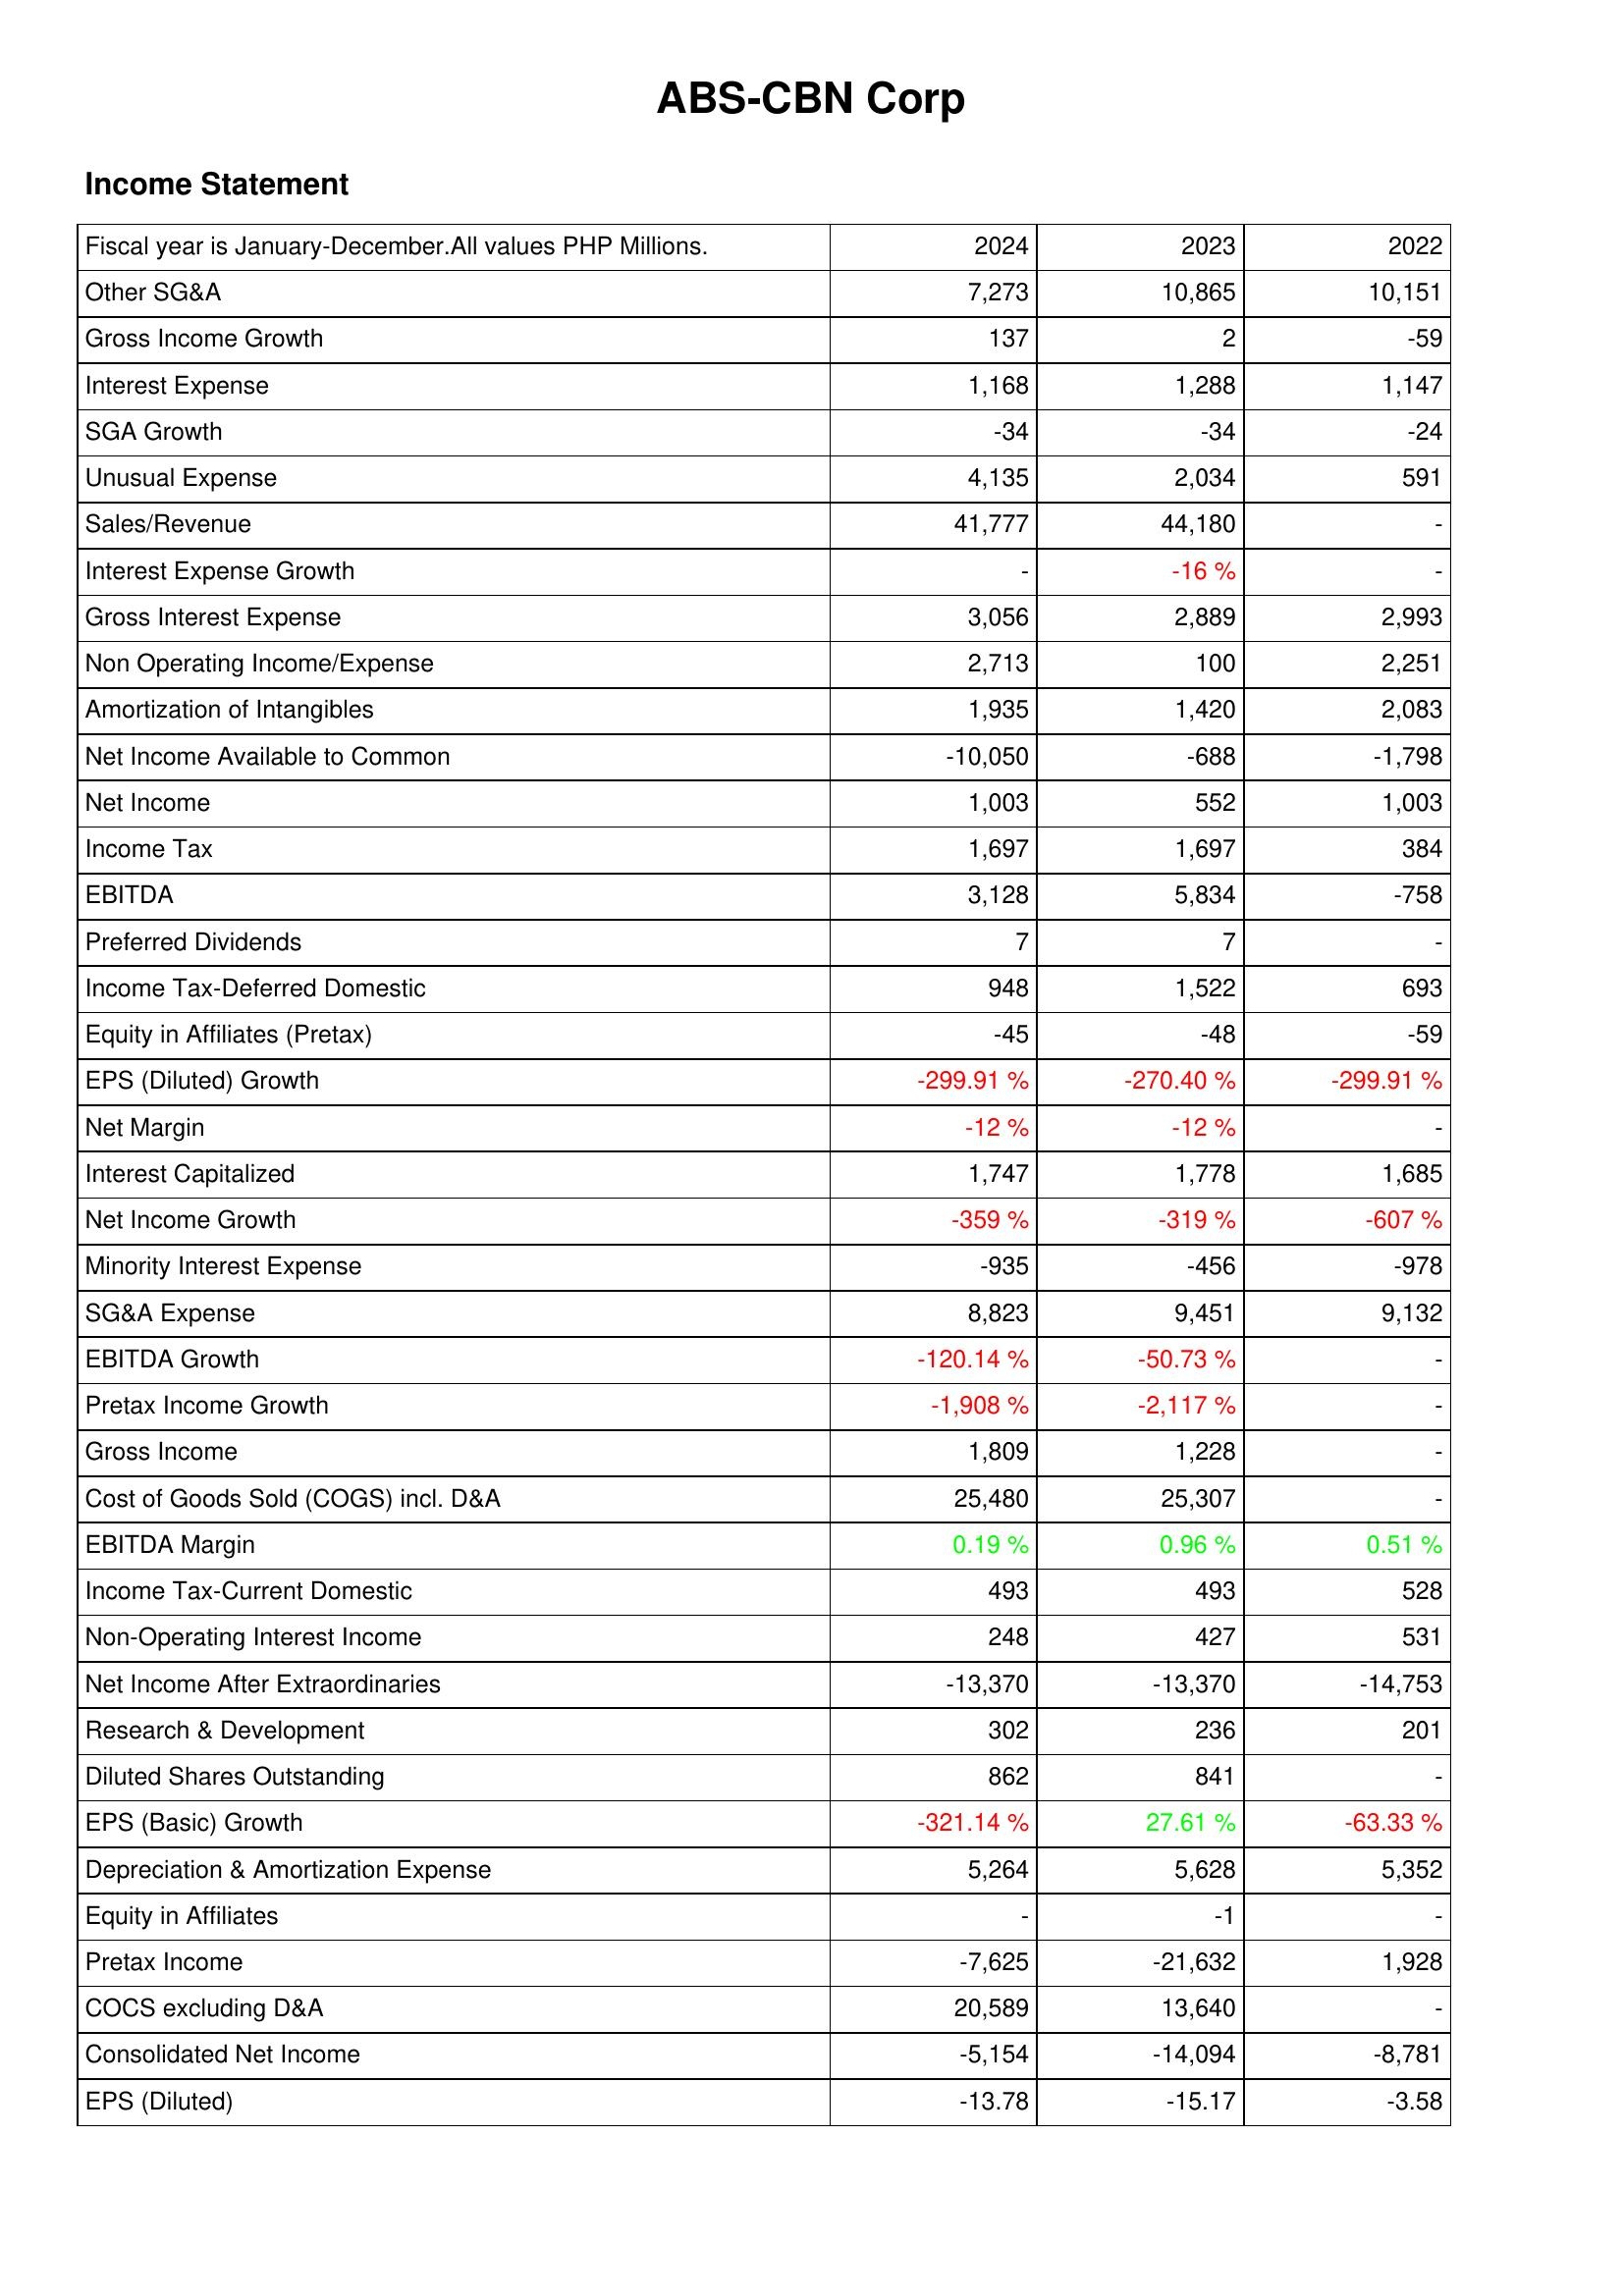
2024: Income Statement: Other SG&A: 7,273
Gross Income Growth: 137
Interest Expense: 1,168
SGA Growth: -34
Unusual Expense: 4,135
Sales/Revenue: 41,777
Interest Expense Growth: -
Gross Interest Expense: 3,056
Non Operating Income/Expense: 2,713
Amortization of Intangibles: 1,935
Net Income Available to Common: -10,050
Net Income: 1,003
Income Tax: 1,697
EBITDA: 3,128
Preferred Dividends: 7
Income Tax-Deferred Domestic: 948
Equity in Affiliates (Pretax): -45
EPS (Diluted) Growth: -299.91 %
Net Margin: -12 %
Interest Capitalized: 1,747
Net Income Growth: -359 %
Minority Interest Expense: -935
SG&A Expense: 8,823
EBITDA Growth: -120.14 %
Pretax Income Growth: -1,908 %
Gross Income: 1,809
Cost of Goods Sold (COGS) incl. D&A: 25,480
EBITDA Margin: 0.19 %
Income Tax-Current Domestic: 493
Non-Operating Interest Income: 248
Net Income After Extraordinaries: -13,370
Research & Development: 302
Diluted Shares Outstanding: 862
EPS (Basic) Growth: -321.14 %
Depreciation & Amortization Expense: 5,264
Equity in Affiliates: -
Pretax Income: -7,625
COCS excluding D&A: 20,589
Consolidated Net Income: -5,154
EPS (Diluted): -13.78
2023: Income Statement: Other SG&A: 10,865
Gross Income Growth: 2
Interest Expense: 1,288
SGA Growth: -34
Unusual Expense: 2,034
Sales/Revenue: 44,180
Interest Expense Growth: -16 %
Gross Interest Expense: 2,889
Non Operating Income/Expense: 100
Amortization of Intangibles: 1,420
Net Income Available to Common: -688
Net Income: 552
Income Tax: 1,697
EBITDA: 5,834
Preferred Dividends: 7
Income Tax-Deferred Domestic: 1,522
Equity in Affiliates (Pretax): -48
EPS (Diluted) Growth: -270.40 %
Net Margin: -12 %
Interest Capitalized: 1,778
Net Income Growth: -319 %
Minority Interest Expense: -456
SG&A Expense: 9,451
EBITDA Growth: -50.73 %
Pretax Income Growth: -2,117 %
Gross Income: 1,228
Cost of Goods Sold (COGS) incl. D&A: 25,307
EBITDA Margin: 0.96 %
Income Tax-Current Domestic: 493
Non-Operating Interest Income: 427
Net Income After Extraordinaries: -13,370
Research & Development: 236
Diluted Shares Outstanding: 841
EPS (Basic) Growth: 27.61 %
Depreciation & Amortization Expense: 5,628
Equity in Affiliates: -1
Pretax Income: -21,632
COCS excluding D&A: 13,640
Consolidated Net Income: -14,094
EPS (Diluted): -15.17
2022: Income Statement: Other SG&A: 10,151
Gross Income Growth: -59
Interest Expense: 1,147
SGA Growth: -24
Unusual Expense: 591
Sales/Revenue: -
Interest Expense Growth: -
Gross Interest Expense: 2,993
Non Operating Income/Expense: 2,251
Amortization of Intangibles: 2,083
Net Income Available to Common: -1,798
Net Income: 1,003
Income Tax: 384
EBITDA: -758
Preferred Dividends: -
Income Tax-Deferred Domestic: 693
Equity in Affiliates (Pretax): -59
EPS (Diluted) Growth: -299.91 %
Net Margin: -
Interest Capitalized: 1,685
Net Income Growth: -607 %
Minority Interest Expense: -978
SG&A Expense: 9,132
EBITDA Growth: -
Pretax Income Growth: -
Gross Income: -
Cost of Goods Sold (COGS) incl. D&A: -
EBITDA Margin: 0.51 %
Income Tax-Current Domestic: 528
Non-Operating Interest Income: 531
Net Income After Extraordinaries: -14,753
Research & Development: 201
Diluted Shares Outstanding: -
EPS (Basic) Growth: -63.33 %
Depreciation & Amortization Expense: 5,352
Equity in Affiliates: -
Pretax Income: 1,928
COCS excluding D&A: -
Consolidated Net Income: -8,781
EPS (Diluted): -3.58